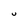
Character: U